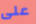
على